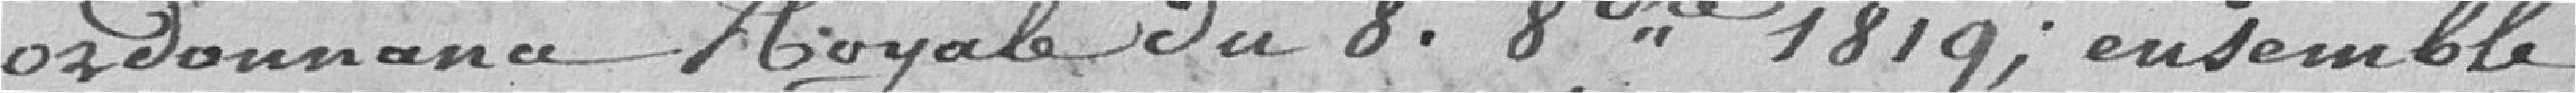
ordonnance royale du 8 octobre 1819 ; ensemble